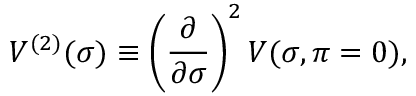
V ^ { ( 2 ) } ( \sigma ) \equiv \left( \frac { \partial } { \partial \sigma } \right) ^ { 2 } V ( \sigma , \pi = 0 ) ,